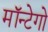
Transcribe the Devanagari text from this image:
मॉन्टेगो